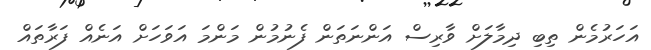
އަހަރުމެން ތިބި ދިމާލަށް ވާރިސް އަންނަތަން ފެނުމުން މަންމަ އަވަހަށް އަނެއް ފަރާތައް